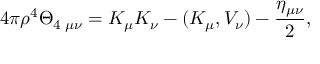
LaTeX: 4 \pi \rho ^ { 4 } \Theta _ { 4 \; \mu \nu } = K _ { \mu } K _ { \nu } - ( K _ { \mu } , V _ { \nu } ) - \frac { \eta _ { \mu \nu } } { 2 } ,